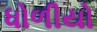
ધોળીયો